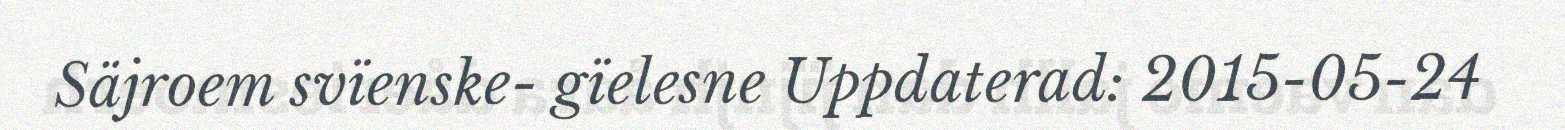
Säjroem svïenske- gïelesne Uppdaterad: 2015-05-24